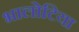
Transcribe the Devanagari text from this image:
भालोटिया